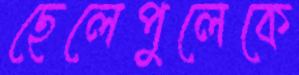
ছেলেপুলেকে